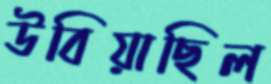
উবিয়াছিল